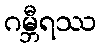
ဂမ္ဘီရဿ